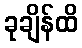
ခုချိန်ထိ